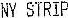
NY STRIP